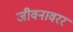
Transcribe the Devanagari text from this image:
जीवनावरर